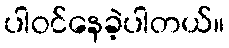
ပါဝင်နေခဲ့ပါတယ်။